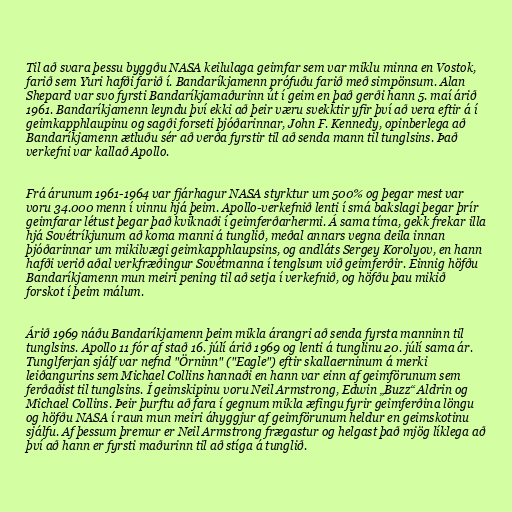
Til að svara þessu byggðu NASA keilulaga geimfar sem var miklu minna en Vostok,
farið sem Yuri hafði farið í. Bandaríkjamenn prófuðu farið með simpönsum. Alan
Shepard var svo fyrsti Bandaríkjamaðurinn út í geim en það gerði hann 5. maí árið
1961. Bandaríkjamenn leyndu því ekki að þeir væru svekktir yfir því að vera eftir á í
geimkapphlaupinu og sagði forseti þjóðarinnar, John F. Kennedy, opinberlega að
Bandaríkjamenn ætluðu sér að verða fyrstir til að senda mann til tunglsins. Það
verkefni var kallað Apollo.

Frá árunum 1961-1964 var fjárhagur NASA styrktur um 500% og þegar mest var
voru 34.000 menn í vinnu hjá þeim. Apollo-verkefnið lenti í smá bakslagi þegar þrír
geimfarar létust þegar það kviknaði í geimferðarhermi. Á sama tíma, gekk frekar illa
hjá Sovétríkjunum að koma manni á tunglið, meðal annars vegna deila innan
þjóðarinnar um mikilvægi geimkapphlaupsins, og andláts Sergey Korolyov, en hann
hafði verið aðal verkfræðingur Sovétmanna í tenglsum við geimferðir. Einnig höfðu
Bandaríkjamenn mun meiri pening til að setja í verkefnið, og höfðu þau mikið
forskot í þeim málum.

Árið 1969 náðu Bandaríkjamenn þeim mikla árangri að senda fyrsta manninn til
tunglsins. Apollo 11 fór af stað 16. júlí árið 1969 og lenti á tunglinu 20. júlí sama ár.
Tunglferjan sjálf var nefnd "Örninn" ("Eagle") eftir skallaerninum á merki
leiðangurins sem Michael Collins hannaði en hann var einn af geimförunum sem
ferðaðist til tunglsins. Í geimskipinu voru Neil Armstrong, Edwin „Buzz“ Aldrin og
Michael Collins. Þeir þurftu að fara í gegnum mikla æfingu fyrir geimferðina löngu
og höfðu NASA í raun mun meiri áhyggjur af geimförunum heldur en geimskotinu
sjálfu. Af þessum þremur er Neil Armstrong frægastur og helgast það mjög líklega að
því að hann er fyrsti maðurinn til að stíga á tunglið.